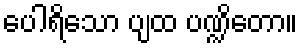
ပေါရိသော ပျထ ပဏ္ဍိတော။